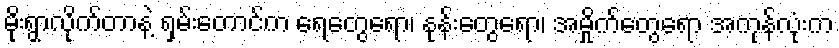
မိုးရွာလိုက်တာနဲ့ ရှမ်းတောင်က ရေတွေရော၊ နုန်းတွေရော၊ အမှိုက်တွေရော အကုန်လုံးက